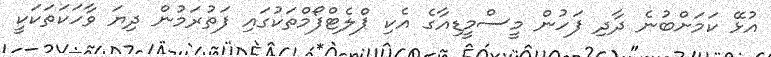
އުޅޭ ކަމަށްބުނެ ދާދި ފަހުން މީސްމީޑިއާގެ އެކި ޕްލެޓްފޯމްތަކުގައި ފަތުރަމުން ދިޔަ ވާހަކަތަކަކީ